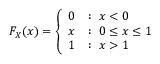
F _ { X } ( x ) = { \left\{ \begin{array} { l l } { 0 } & { : \ x < 0 } \\ { x } & { : \ 0 \leq x \leq 1 } \\ { 1 } & { : \ x > 1 } \end{array} \right. }